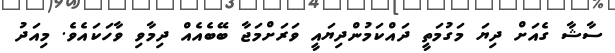
ސާޝާ ގެއަށް ދިޔަ މަގުމަތީ ދައްކަމުންދިޔައީ ވަރަށްމަޖާ ބޭބެއެއް ދިމާވި ވާހަކައެވެ. މިއަދު